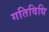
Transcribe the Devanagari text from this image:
गतिविधि